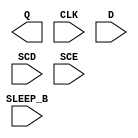
module sky130_fd_sc_lp__srsdfxtp (
    Q      ,
    CLK    ,
    D      ,
    SCD    ,
    SCE    ,
    SLEEP_B
);

    output Q      ;
    input  CLK    ;
    input  D      ;
    input  SCD    ;
    input  SCE    ;
    input  SLEEP_B;

    // Voltage supply signals
    supply1 KAPWR;
    supply1 VPWR ;
    supply0 VGND ;
    supply1 VPB  ;
    supply0 VNB  ;

endmodule